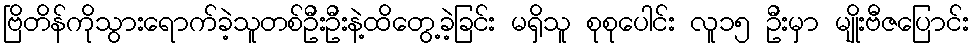
ဗြိတိန်ကိုသွားရောက်ခဲ့သူတစ်ဦးဦးနဲ့ထိတွေ့ခဲ့ခြင်း မရှိသူ စုစုပေါင်း လူ၁၅ ဦးမှာ မျိုးဗီဇပြောင်း